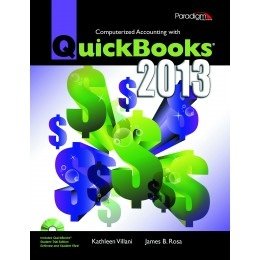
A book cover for Computerized Accounting with Quickbooks 2013; Kathleen Villani; Computers & Technology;